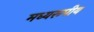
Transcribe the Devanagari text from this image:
मध्यरूपीय